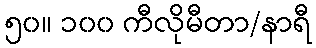
၅၀။ ၁၀၀ ကီလိုမီတာ/နာရီ